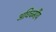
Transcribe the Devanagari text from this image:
अधिचर्मीय